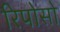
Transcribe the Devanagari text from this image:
रिपोसो